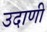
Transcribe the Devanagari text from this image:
उदाणी